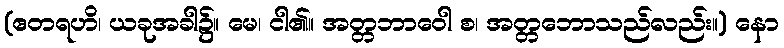
(ဧတရဟိ၊ ယခုအခါ၌။ မေ၊ ငါ၏။ အတ္တဘာဝေါ စ၊ အတ္တဘောသည်လည်း။) နော